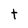
Character: t